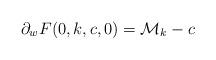
LaTeX: \begin{align*}\partial_w F(0,k,c,0)=\mathcal{M}_k -c\end{align*}